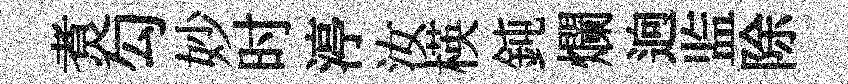
煑勾妙时渟汝楧鈍爛逈监除